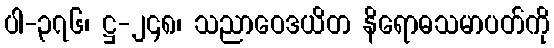
ပါ-၃၇၆၊ ဋ္ဌ-၂၄၈၊ သညာဝေဒယိတ နိရောဓသမာပတ်ကို